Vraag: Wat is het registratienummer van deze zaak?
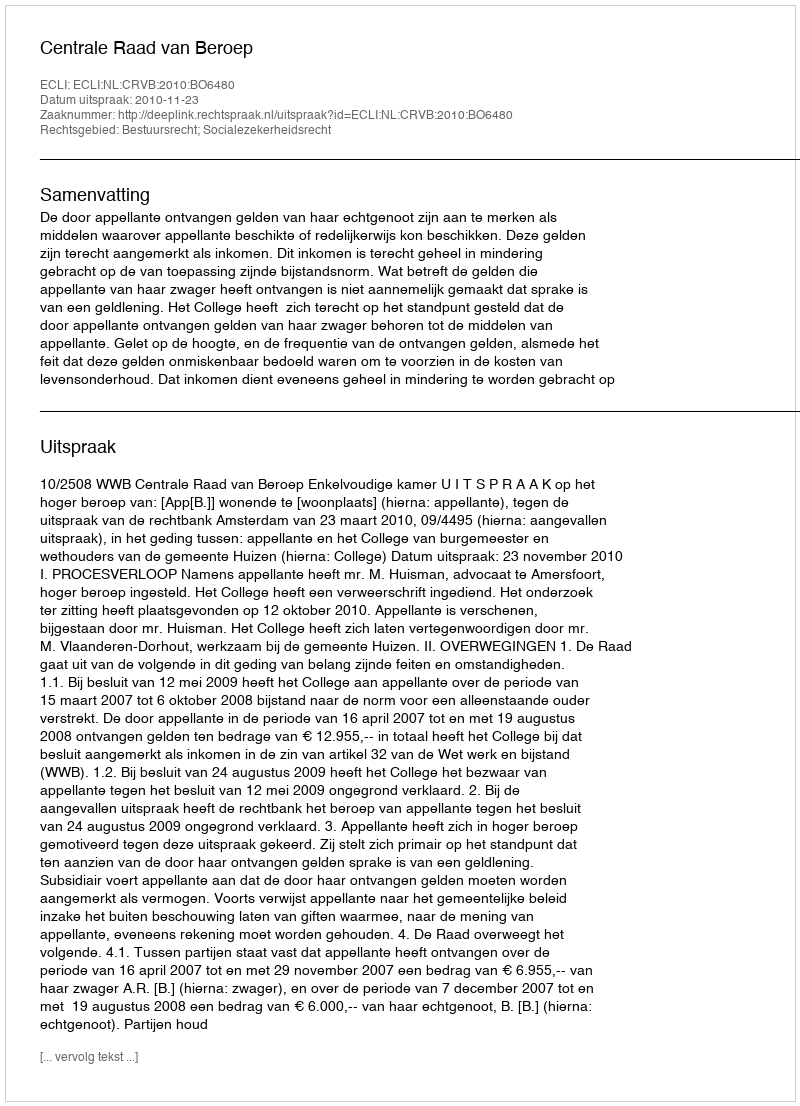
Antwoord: http://deeplink.rechtspraak.nl/uitspraak?id=ECLI:NL:CRVB:2010:BO6480